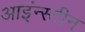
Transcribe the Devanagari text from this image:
आइंन्स्टीन